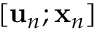
[ { \bf u } _ { n } ; { \bf x } _ { n } ]